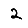
Digit: 2